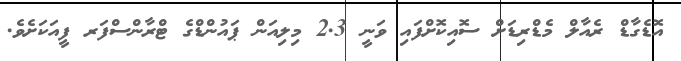
އޮޑެގާޑް ރެއާލް މެޑްރިޑަށް ސޮއިކޮށްފައި ވަނީ 2.3 މިލިއަން ޕައުންޑްގެ ޓްރާންސްފަރ ފީއަކަށެވެ.